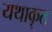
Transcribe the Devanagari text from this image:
यथाकृत